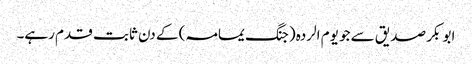
ابو بکر صدیق سے جو یوم الردہ (جنگ یمامہ) کے دن ثابت قدم رہے۔